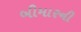
બીમારની